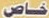
خاص